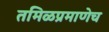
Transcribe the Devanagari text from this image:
तमिळप्रमाणेच